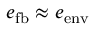
e _ { \mathrm { f b } } \approx e _ { \mathrm { e n v } }